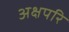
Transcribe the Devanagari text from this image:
अक्षपरि